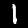
Digit: 1